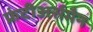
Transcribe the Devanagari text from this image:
फ्रंटीअर्समैन